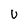
Character: U